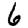
Digit: 6